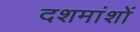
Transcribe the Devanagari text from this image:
दशमांशों